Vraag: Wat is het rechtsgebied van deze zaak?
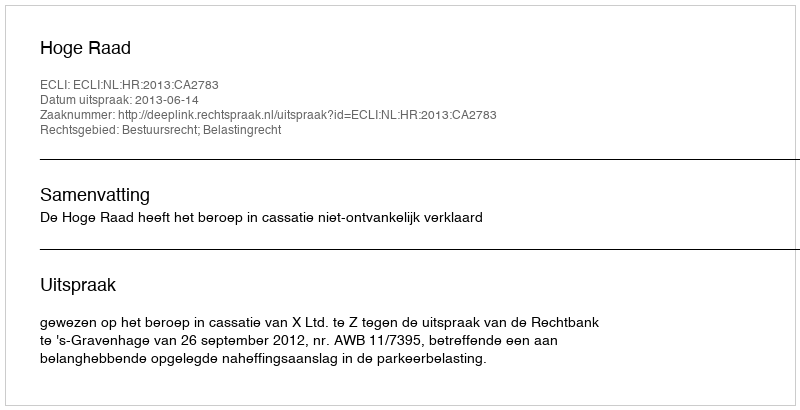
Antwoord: Bestuursrecht; Belastingrecht